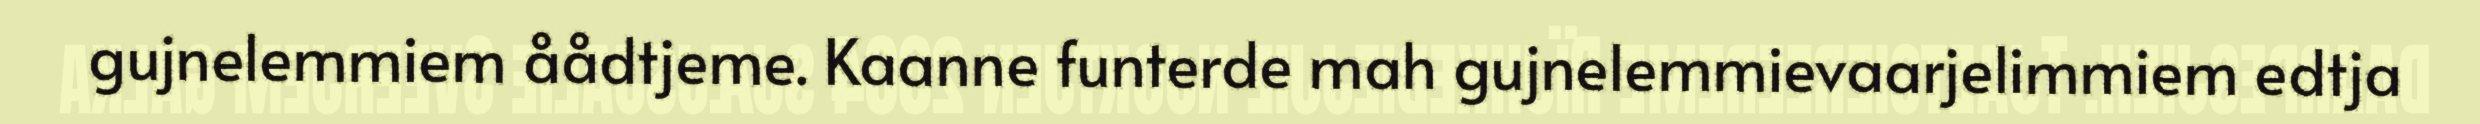
gujnelemmiem åådtjeme. Kaanne funterde mah gujnelemmievaarjelimmiem edtja